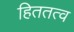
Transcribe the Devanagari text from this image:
हिततत्व